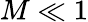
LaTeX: M\ll 1